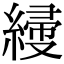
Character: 𦃌